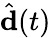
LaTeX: \hat{\mathbf{d}}(t)